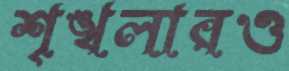
শৃঙ্খলারও